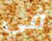
في